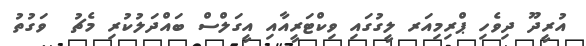
އުރީދޫ ދިވެހި ޕްރިމިއަރ ލީގުގައި ވިކްޓަރީއާއި އީގަލްސް ބައްދަލުކުރި މެޗު  ވަގުތު